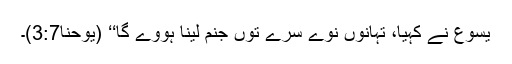
یسوع نے کہیا، تہانوں نوے سرے توں جنم لینا ہووے گا‘‘ (یوحنا3:7)۔